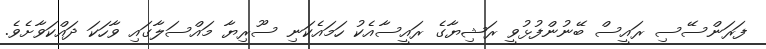
ފަރަންސޭސި ރައީސް ބޭނުންފުޅުވީ ރަޝިޔާގެ ރައީސާއެކު ހަމައެކަނި ސޫރިޔާ މައްސަލާގައި ވާހަކަ ދައްކަވާށެވެ.